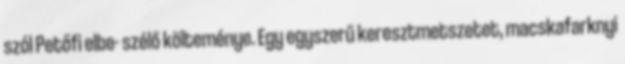
szól Petőfi elbe- szélő költeménye. Egy egyszerű keresztmetszetet, macskafarknyi